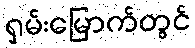
ရှမ်းမြောက်တွင်